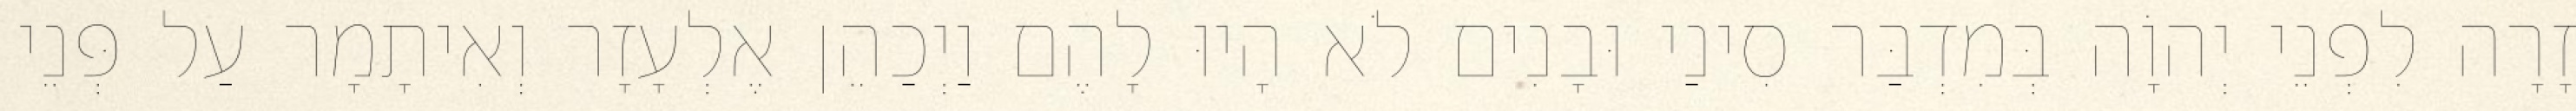
זָרָה לִפְנֵי יְהוָֹה בְּמִדְבַּר סִינַי וּבָנִים לֹא הָיוּ לָהֶם וַיְכַהֵן אֶלְעָזָר וְאִיתָמָר עַל פְּנֵי